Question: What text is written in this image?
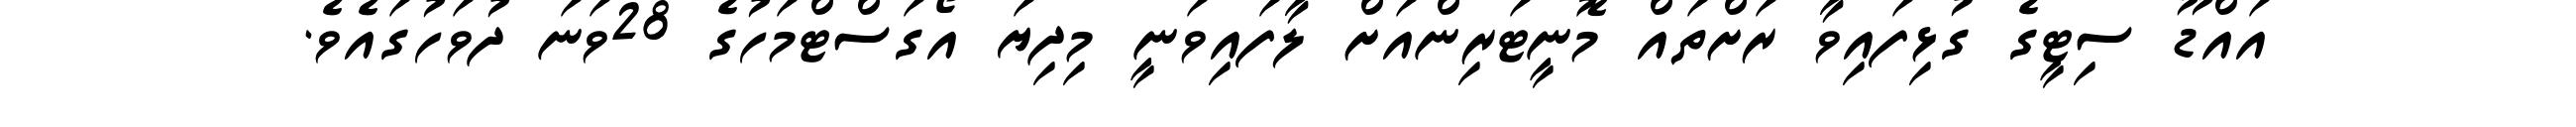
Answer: އައްޑޫ ސިޓީގެ ގުޅިފައިވާ ރަށްތައް މޮނީޓަރިންއަށް ލާފައިވަނީ މިދިޔަ އޯގަސްޓްމަހުގެ 28ވަނަ ދުވަހުގައެވެ.